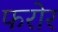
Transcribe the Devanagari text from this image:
फरोर